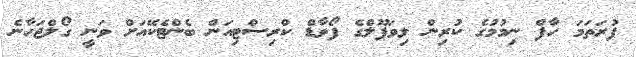
ފުރަތަމަ ހާފް ނިމުމުގެ ކުރިން ލިވަޕޫލްގެ ފޯވާޑް ކްރިސްޓިއަން ބެންޓެކޭއަށް ވަނީ ގޯލްޖަހާނެ